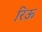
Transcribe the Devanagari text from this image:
रिऊ